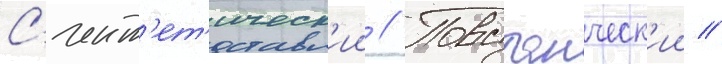
С'инт'ет'ическ'ии // Повстанческ'ии //